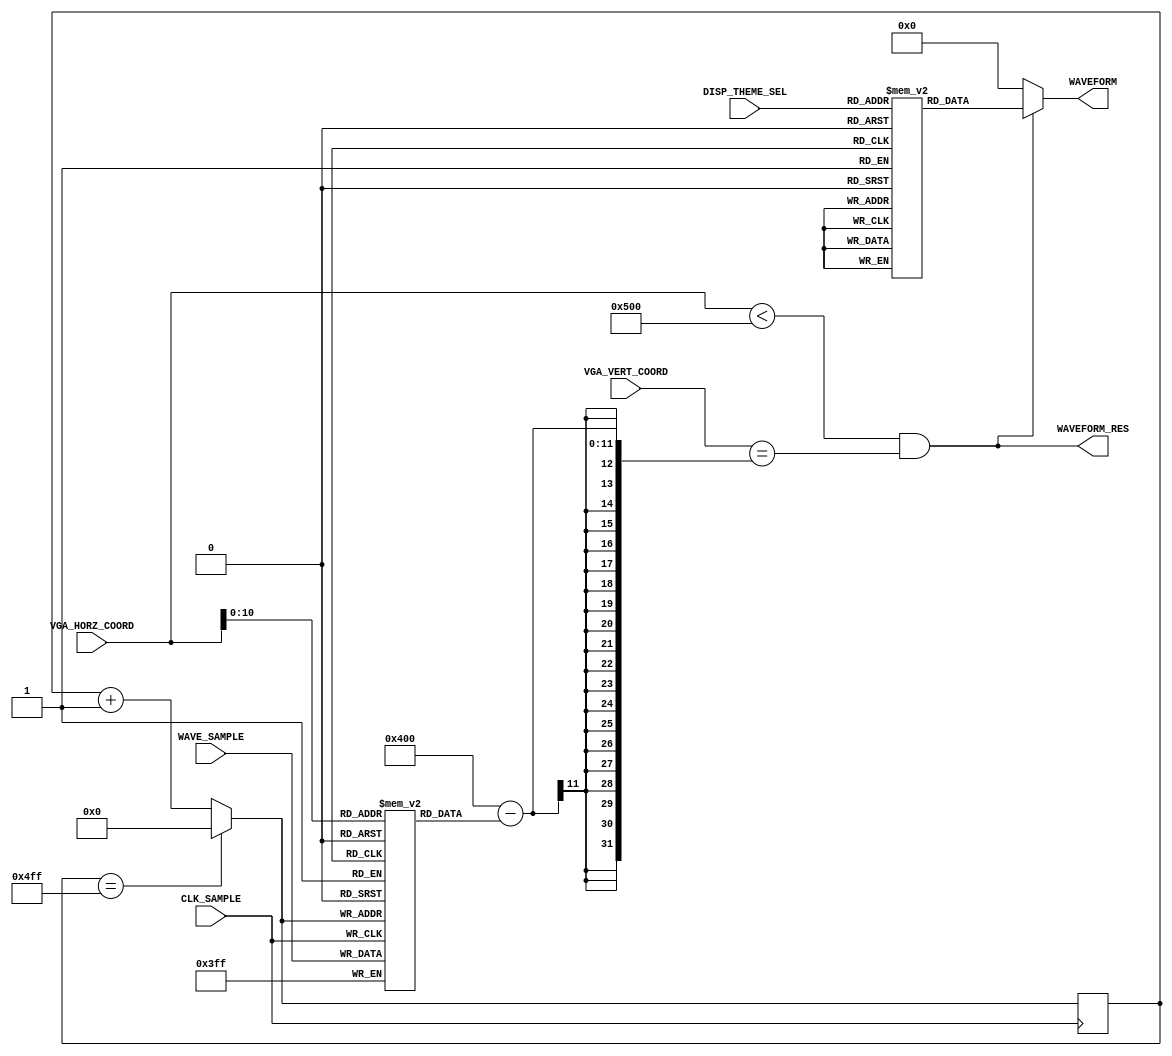
`timescale 1ns / 1ps
//////////////////////////////////////////////////////////////////////////////////
// Company: 
// Engineer: 
// 
// Design Name: 
// Module Name: Normal_Waveform
// Project Name: 
// Target Devices: 
// Tool Versions: 
// Description: 
// 
// Dependencies: 
// 
// Revision:
// Revision 0.01 - File Created
// Additional Comments:
// 
//////////////////////////////////////////////////////////////////////////////////

module Normal_Waveform(
    input CLK_SAMPLE,
    
    input [11:0] VGA_HORZ_COORD,
    input [11:0] VGA_VERT_COORD,
    
    input [9:0] WAVE_SAMPLE,
    input [2:0] DISP_THEME_SEL,
    
    output [11:0] WAVEFORM,
    output WAVEFORM_RES
    );
    
    parameter THEME_ONE = 0;
    parameter THEME_TWO = 1;
    parameter THEME_THREE = 2;
    parameter THEME_FOUR = 3;
    parameter THEME_FIVE = 4;
    
    reg [11:0] WAVEFORM_COLOURS[4:0];
    
    initial begin
        WAVEFORM_COLOURS[THEME_ONE] = 12'h298;
        WAVEFORM_COLOURS[THEME_TWO] = 12'hB31;
        WAVEFORM_COLOURS[THEME_THREE] = 12'hF87;
        WAVEFORM_COLOURS[THEME_FOUR] = 12'h804;
        WAVEFORM_COLOURS[THEME_FIVE] = 12'hD80;
    end
    
    // The Sample_Memory represents the memory array used to store the mic samples.
    // There are 1280 points and each point can range from 0 to 1023. 
    reg [9:0] Sample_Memory [1279:0];
    reg [10:0] i;
    
    // Each WAVE_SAMPLE is displayed on the screen from left to right.
    always @ (posedge CLK_SAMPLE) begin
        i = (i == 1279) ? 0 : (i + 1);
        Sample_Memory[i] <= WAVE_SAMPLE;
    end
    
    assign WAVEFORM_RES = (VGA_HORZ_COORD < 1280) && (VGA_VERT_COORD == (1024 - 
        Sample_Memory[VGA_HORZ_COORD]));
    
    assign WAVEFORM = (WAVEFORM_RES) ? WAVEFORM_COLOURS[DISP_THEME_SEL] : 0;

endmodule